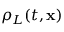
\rho _ { L } ( t , \mathbf { x } )